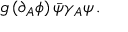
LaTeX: g \, ( \partial _ { A } \phi ) \, \bar { \psi } \gamma _ { A } \psi \, .